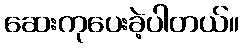
ဆေးကုပေးခဲ့ပါတယ်။